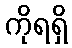
ကိုရရှိ